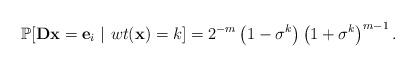
LaTeX: \begin{align*} \mathbb{P}[\mathbf{D} \mathbf{x} = \mathbf{e}_i~ | ~wt(\mathbf{x})=k] = 2^{-m} \left(1 - \sigma^k \right) \left(1 + \sigma^k \right)^{m-1}. \end{align*}